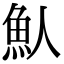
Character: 魜